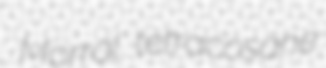
Morral tetracosane